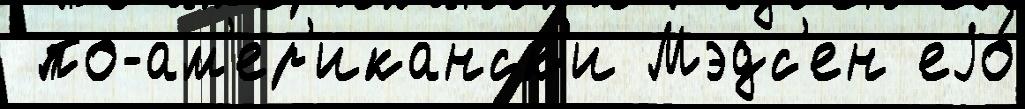
 по-ам'ер'иканск'и Мэдс'ен еjо́